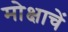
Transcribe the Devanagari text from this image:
मोक्षाचें